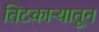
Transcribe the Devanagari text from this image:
तिटकाऱ्यातून